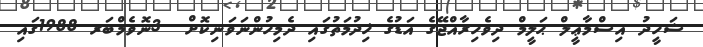
ޝަހީދު އިސްމާޢީލް ޙަލީމް ދިވެހިރާއްޖޭގެ އަޑުގެ ޚިދުމަތުގައި ދެމިހުންނަވަނިކޮށް  3ނޮވެމްބަރ 1988ގައި